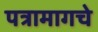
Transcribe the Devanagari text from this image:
पत्रामागचे